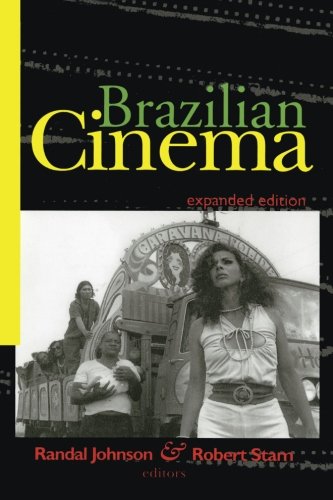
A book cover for Brazilian Cinema (Film and Culture Series); Humor & Entertainment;